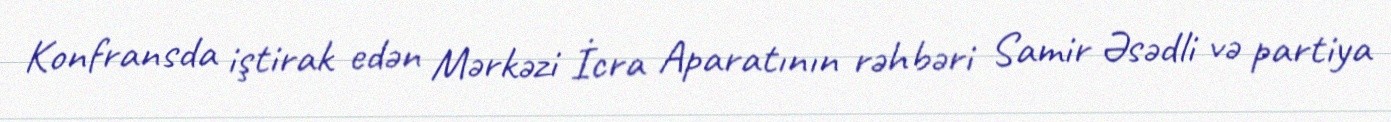
Konfransda iştirak edən Mərkəzi İcra Aparatının rəhbəri Samir Əsədli və partiya